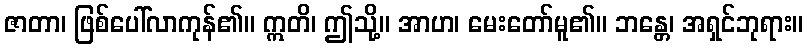
ဇာတာ၊ ဖြစ်ပေါ်လာကုန်၏။ ဣတိ၊ ဤသို့။ အာဟ၊ မေးတော်မူ၏။ ဘန္တေ၊ အရှင်ဘုရား။